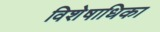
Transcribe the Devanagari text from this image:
विशेषाधिका